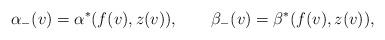
LaTeX: \begin{align*} \alpha_-(v)=\alpha^\ast(f(v),z(v)),\qquad\beta_-(v)=\beta^\ast(f(v),z(v)),\end{align*}